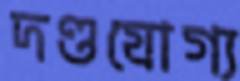
দণ্ডযোগ্য